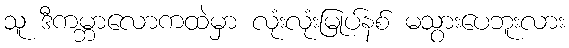
သူ ဒီကမ္ဘာလောကထဲမှာ လုံးလုံးမြုပ်နစ် မသွားပေဘူးလား